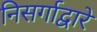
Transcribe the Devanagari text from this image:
निसर्गाद्वारे